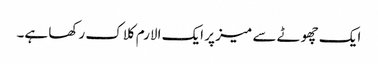
ایک چھوٹے سے میز پر ایک الارم کلاک رکھا ہے۔